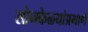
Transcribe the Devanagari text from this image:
सोनकेळ्यांप्रमाणे